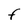
Character: F